画像に写った文字を読んでください
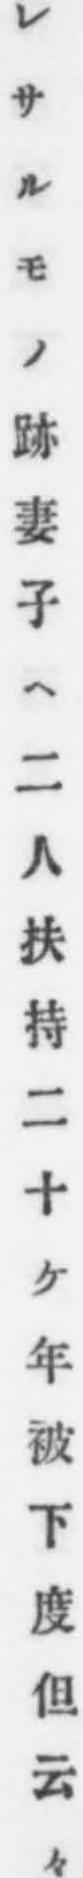
「レサルモノ跡妻子ヘ二人扶持二十ケ年被下度但云々」と書いてあります